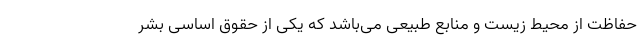
حفاظت از محیط زیست و منابع طبیعی می‌باشد که یکی از حقوق اساسی بشر